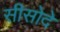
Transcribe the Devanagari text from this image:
सीसोदे